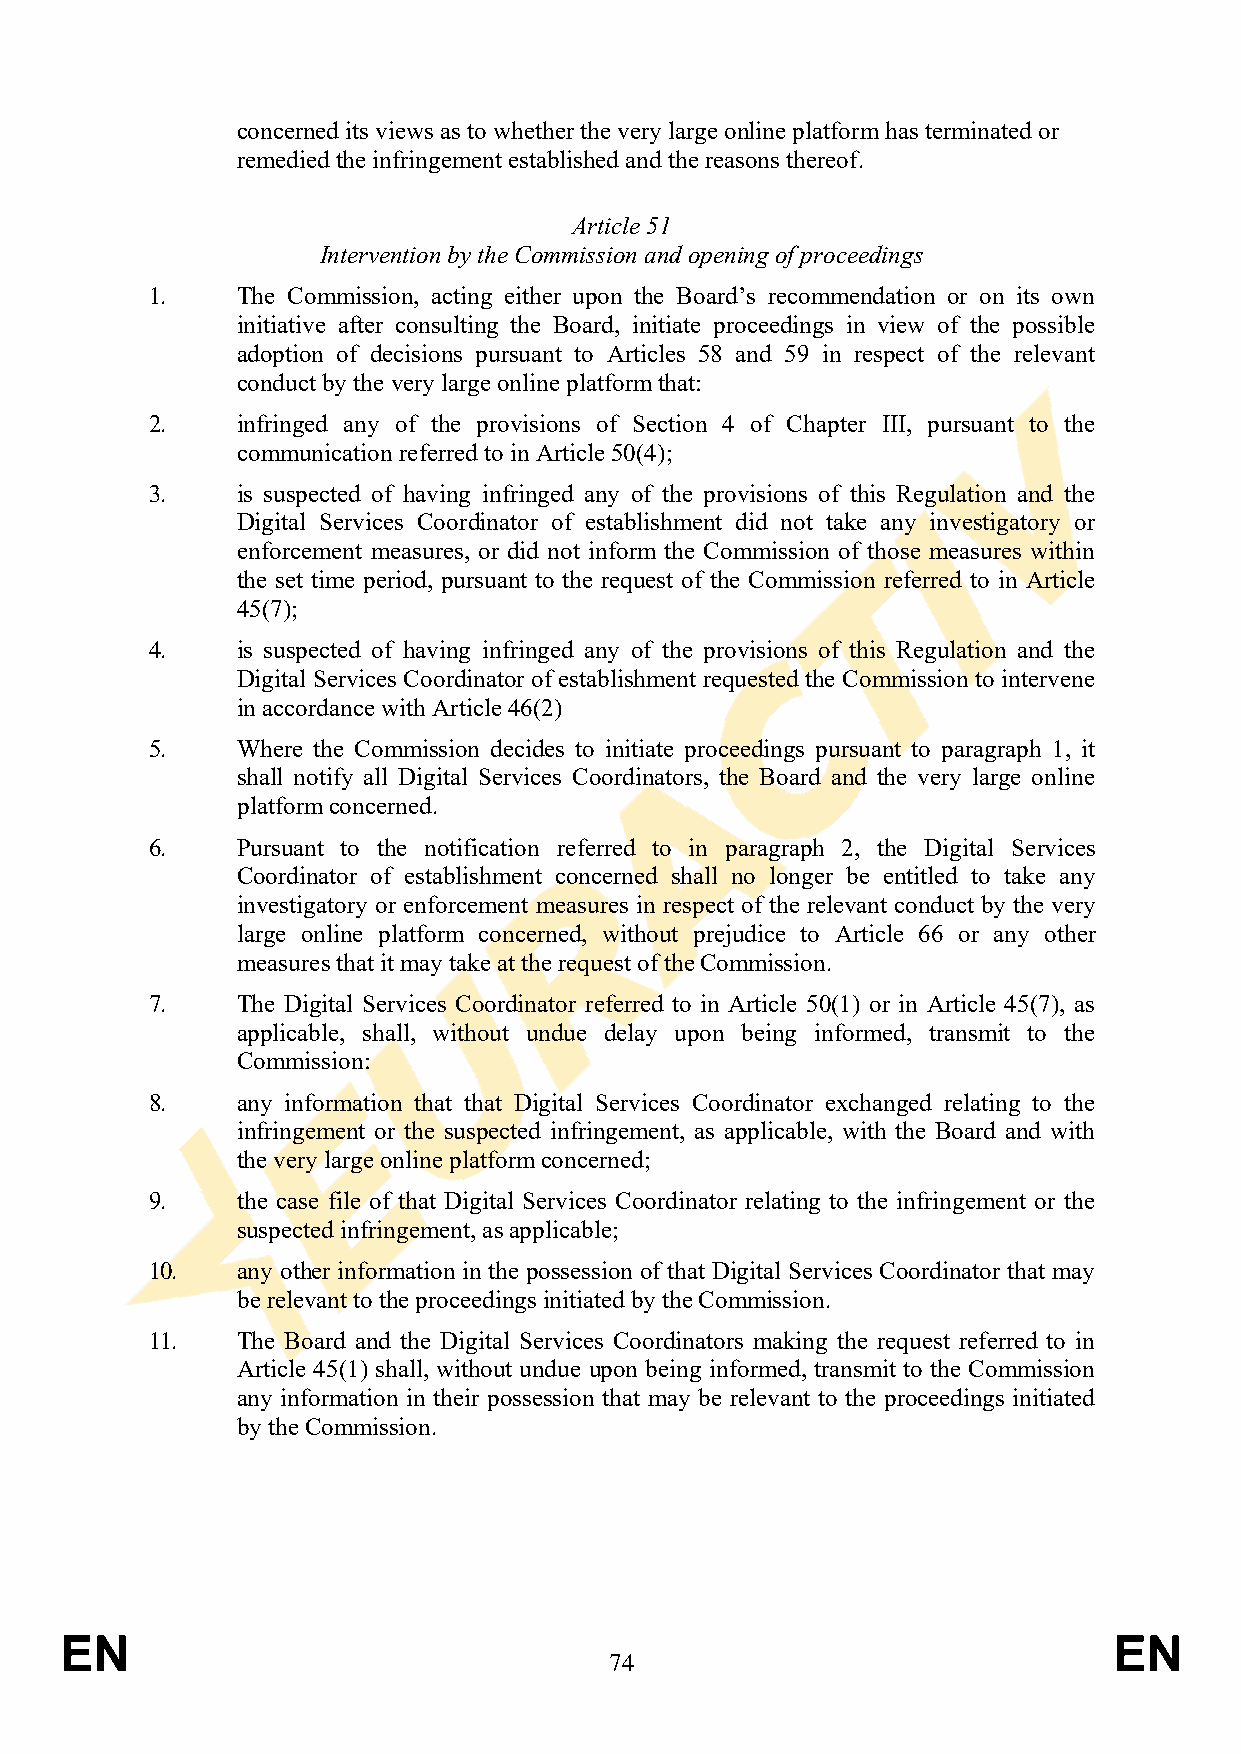
concerned its views as to whether the very large online platform has terminated or
 remedied the infringement established and the reasons thereof.
 Article 51
 Intervention by the Commission and opening of proceedings
 1.    The Commission, acting either upon the Board’s recommendation or on its own
 initiative after consulting the Board, initiate proceedings in view of the possible
 adoption of decisions pursuant to Articles 58 and 59 in respect of the relevant
 conduct by the very large online platform that:
 2.    infringed any of the provisions of Section 4 of Chapter III, pursuant to the
 communication referred to in Article 50(4);
 3.    is suspected of having infringed any of the provisions of this Regulation and the
 Digital Services Coordinator of establishment did not take any investigatory or
 enforcement measures, or did not inform the Commission of those measures within
 the set time period, pursuant to the request of the Commission referred to in Article
 45(7);
 4.    is suspected of having infringed any of the provisions of this Regulation and the
 Digital Services Coordinator of establishment requested the Commission to intervene
 in accordance with Article 46(2)
 5.    Where the Commission decides to initiate proceedings pursuant to paragraph 1, it
 shall notify all Digital Services Coordinators, the Board and the very large online
 platform concerned.
 6.    Pursuant to the notification referred to in paragraph 2, the Digital Services
 Coordinator of establishment concerned shall no longer be entitled to take any
 investigatory or enforcement measures in respect of the relevant conduct by the very
 large online platform concerned, without prejudice to Article 66 or any other
 measures that it may take at the request of the Commission.
 7.    The Digital Services Coordinator referred to in Article 50(1) or in Article 45(7), as
 applicable, shall, without undue delay upon being informed, transmit to the
 Commission:
 8.    any information that that Digital Services Coordinator exchanged relating to the
 infringement or the suspected infringement, as applicable, with the Board and with
 the very large online platform concerned;
 9.    the case file of that Digital Services Coordinator relating to the infringement or the
 suspected infringement, as applicable;
 10.   any other information in the possession of that Digital Services Coordinator that may
 be relevant to the proceedings initiated by the Commission.
 11.   The Board and the Digital Services Coordinators making the request referred to in
 Article 45(1) shall, without undue upon being informed, transmit to the Commission
 any information in their possession that may be relevant to the proceedings initiated
 by the Commission.
 EN                                                                    EN
 74